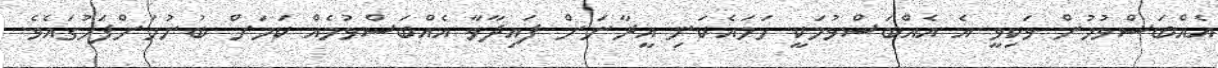
އެއްބަސްވުމުން ވަކިވީ އެ އެއްބަސްވުމަކީ ހަމައެކަނި އީރާނަށް ފައިދާވާ އެއްބަސްވުމެއް ކަމަށް ބުނުމަށްފަހުގައެވެ.